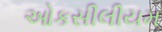
ઓકસીલીયમ